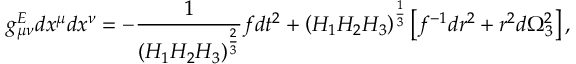
g _ { \mu \nu } ^ { E } d x ^ { \mu } d x ^ { \nu } = - { \frac { 1 } { \left( H _ { 1 } H _ { 2 } H _ { 3 } \right) ^ { \frac { 2 } { 3 } } } } f d t ^ { 2 } + \left( H _ { 1 } H _ { 2 } H _ { 3 } \right) ^ { \frac { 1 } { 3 } } \left[ f ^ { - 1 } d r ^ { 2 } + r ^ { 2 } d \Omega _ { 3 } ^ { 2 } \right] ,